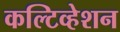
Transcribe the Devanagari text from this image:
कल्टिव्हेशन